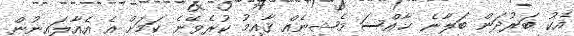
އެކު ބަރުދަން ބަލާނެ ޚާއްސަ މެޝިނެއް ޤާއިމު ކުރެވޭނެ ކަމަށް އެ އެއާލައިނުން